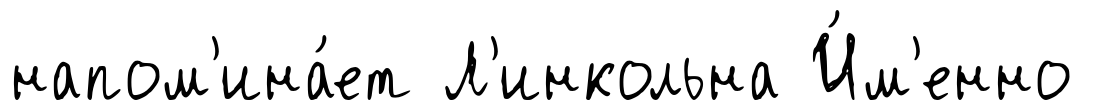
напом'ина́ет Л'инкольна И́м'енно